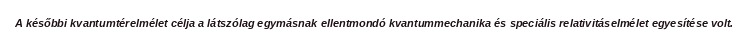
A későbbi kvantumtérelmélet célja a látszólag egymásnak ellentmondó kvantummechanika és speciális relativitáselmélet egyesítése volt.